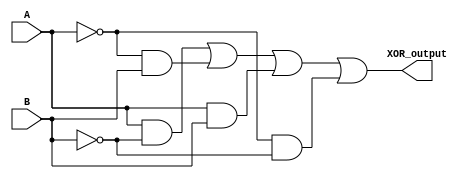
module xor_gate(
    input A, 
    input B, 
    output XOR_output
);

wire TG1_out, TG2_out, TG3_out, TG4_out;

assign TG1_out = A & ~B;
assign TG2_out = ~A & B;
assign TG3_out = A & B;
assign TG4_out = ~A & ~B;

assign XOR_output = TG1_out | TG2_out | TG3_out | TG4_out;

endmodule